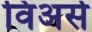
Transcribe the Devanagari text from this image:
विअर्स